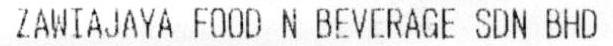
ZAWIAJAYA FOOD N BEVERAGE SDN BHD